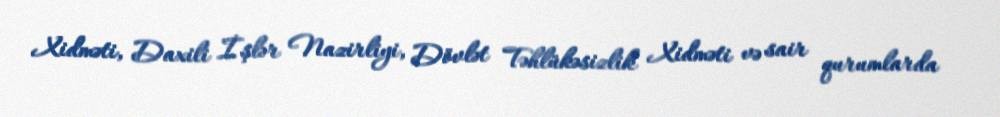
Xidməti, Daxili İşlər Nazirliyi, Dövlət Təhlükəsizlik Xidməti və sair qurumlarda